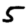
Digit: 5